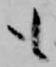
も